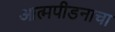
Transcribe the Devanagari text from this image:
आत्मपीडनाचा